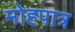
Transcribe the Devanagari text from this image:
मोहपात्र